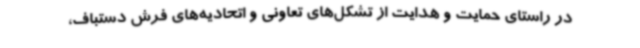
در راستای حمایت و هدایت از تشکل‌های تعاونی و اتحادیه‌های فرش دستباف،